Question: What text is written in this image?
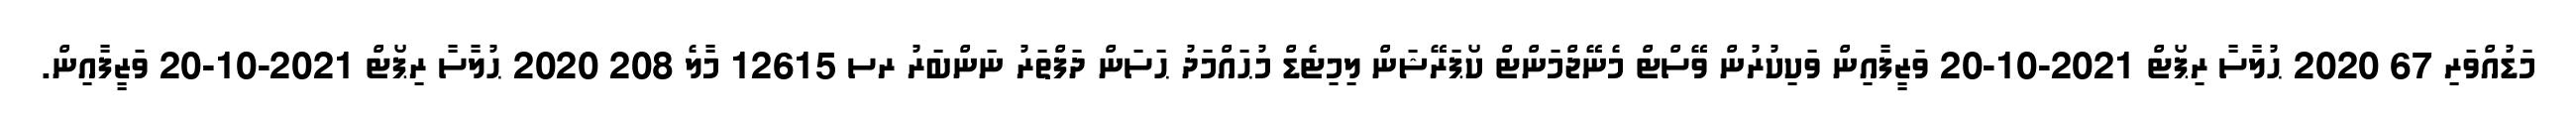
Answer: މަޑުއްވަރި 67 2020 ޙުލާސާ ރިޕޯޓް 2021-10-20 ވަޒީފާއިން ވަކިކުރުން ވޭސްޓް މެނޭޖްމަންޓް ކޯޕަރޭޝަން ލިމިޓެޑް މުޙައްމަދު ޙަސަން ދަފްތަރު ނަންބަރު ރސ 12615 މާލެ 208 2020 ޙުލާސާ ރިޕޯޓް 2021-10-20 ވަޒީފާއިން.